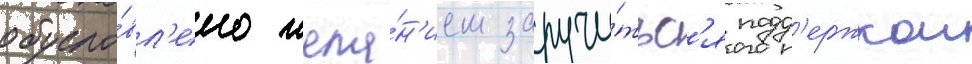
обусло́вл'ено жела́н'ием заручи́тьс'я подд'ержкои